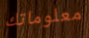
معلوماتك